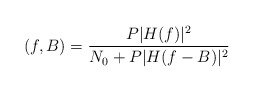
\begin{align*}(f,B) = \frac{P |H(f)|^2 }{N_{0} + P |H(f-B)|^2 }\end{align*}